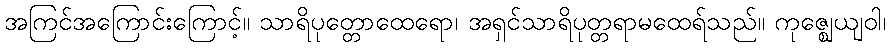
အကြင်အကြောင်းကြောင့်။ သာရိပုတ္တောထေရော၊ အရှင်သာရိပုတ္တရာမထေရ်သည်။ ကုဇ္ဈေယျဝါ၊